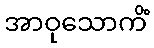
အာဝုသောကိံ